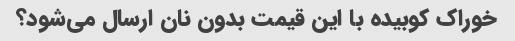
خوراک کوبیده با این قیمت بدون نان ارسال می‌شود؟